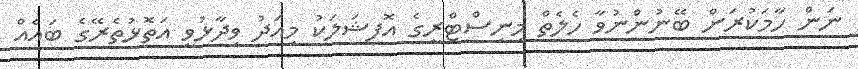
ނަން ހާމަކުރަން ބޭނުންނުވާ ހެލެތް މިނިސްޓްރީގެ އޮފިޝަލަކު މިއަދު ވިދާޅުވީ އަތޮޅުތެރޭގެ ބައެއް